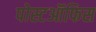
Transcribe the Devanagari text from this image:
पोस्टऑफिस